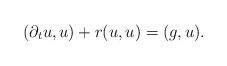
LaTeX: \begin{align*}(\partial _{t}u,u)+r(u,u)=(g,u). \end{align*}